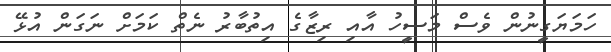
ހަމަޔަގީނުން ވެސް މަސީހު އާއި ރިޒާގެ އިތުބާރު ނެތް ކަމަށް ނަގަން އުޅޭ